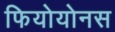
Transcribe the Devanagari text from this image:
फियोयोनस